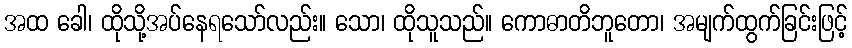
အထ ခေါ၊ ထိုသို့အပ်နေရသော်လည်း။ သော၊ ထိုသူသည်။ ကောဓာတိဘူတော၊ အမျက်ထွက်ခြင်းဖြင့်